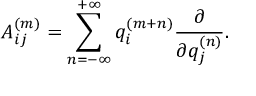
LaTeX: A _ { i j } ^ { ( m ) } = \sum _ { n = - \infty } ^ { + \infty } q _ { i } ^ { ( m + n ) } \frac { \partial } { \partial { q _ { j } ^ { ( n ) } } } .